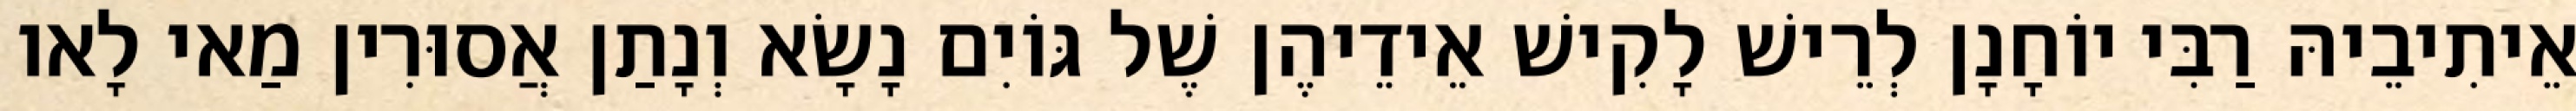
אֵיתִיבֵיהּ רַבִּי יוֹחָנָן לְרֵישׁ לָקִישׁ אֵידֵיהֶן שֶׁל גּוֹיִם נָשָׂא וְנָתַן אֲסוּרִין מַאי לָאו